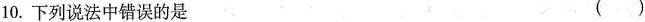
10.下列说法中错误的是（）